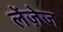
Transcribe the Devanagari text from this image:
लेंज़ेज